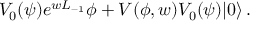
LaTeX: V _ { 0 } ( \psi ) e ^ { w L _ { - 1 } } \phi + V ( \phi , w ) V _ { 0 } ( \psi ) | 0 \rangle \, .